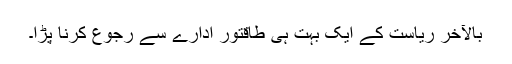
بالآخر ریاست کے ایک بہت ہی طاقتور ادارے سے رجوع کرنا پڑا۔